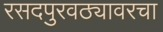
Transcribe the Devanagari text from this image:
रसदपुरवठ्यावरचा